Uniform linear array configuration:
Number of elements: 48
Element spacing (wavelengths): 0.75
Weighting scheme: hann
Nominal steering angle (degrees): -45
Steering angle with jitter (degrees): -44.858
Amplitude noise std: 0.05
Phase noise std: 0.05

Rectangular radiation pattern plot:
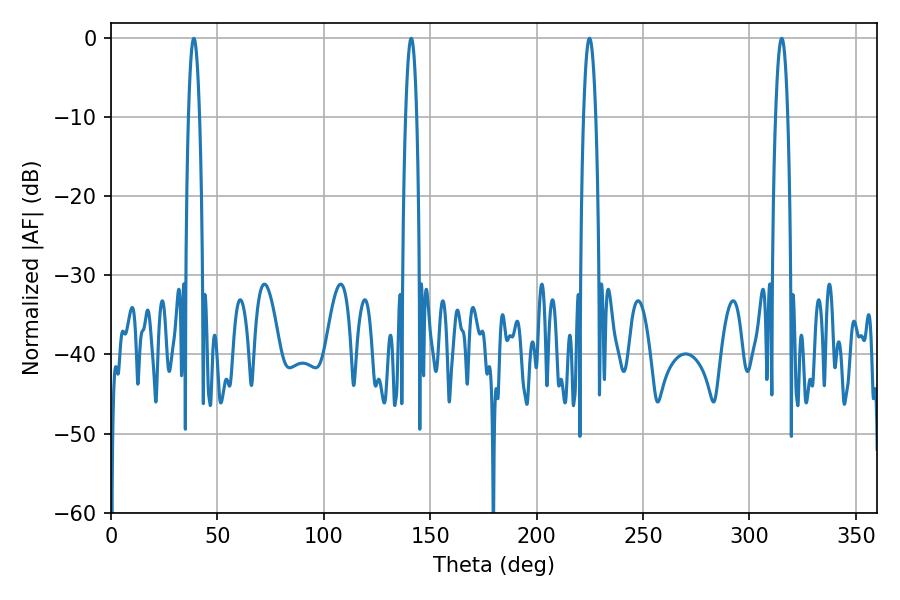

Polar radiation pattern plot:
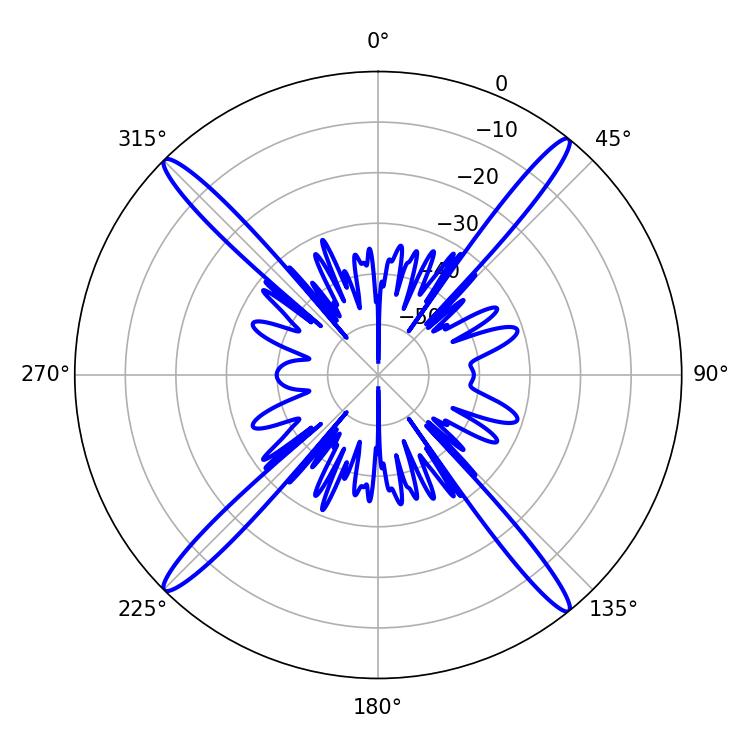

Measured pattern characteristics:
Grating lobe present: TRUE
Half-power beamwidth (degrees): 3.06
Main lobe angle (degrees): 224.82